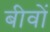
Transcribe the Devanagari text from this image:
बीवों